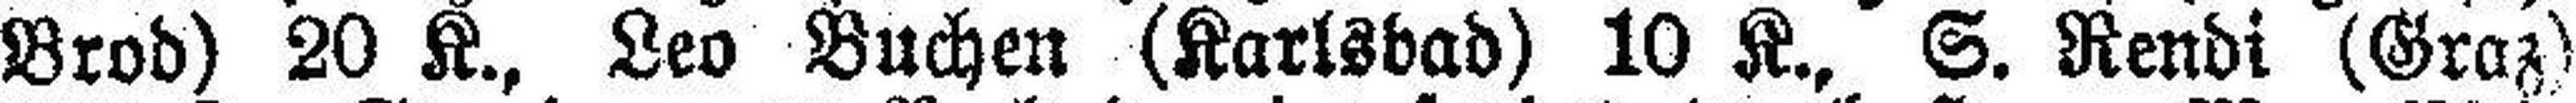
Brod) 20 K., Leo Buchen (Karlsbad) 10 K., S. Rendi (Graz)